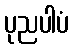
ပုညပါပံ